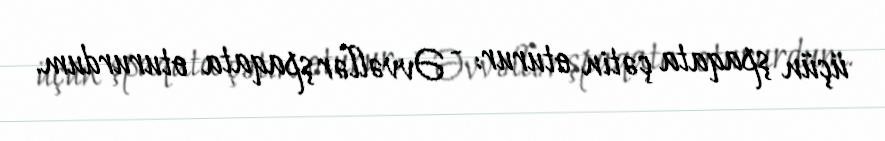
üçün şpaqata çətin oturur: - Əvvəllər şpaqata otururdum.